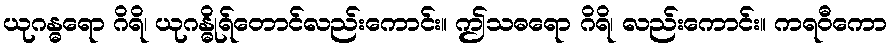
ယုဂန္ဓရော ဂိရိ၊ ယုဂန္ဓိုရ်တောင်လည်းကောင်း။ ဤသဓရော ဂိရိ၊ လည်းကောင်း။ ကရဝီကော